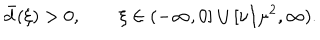
LaTeX: \bar { d } ( \xi ) > 0 , \qquad \xi \in ( - \infty , 0 ] \cup [ \nu / \mu ^ { 2 } , \infty ) .